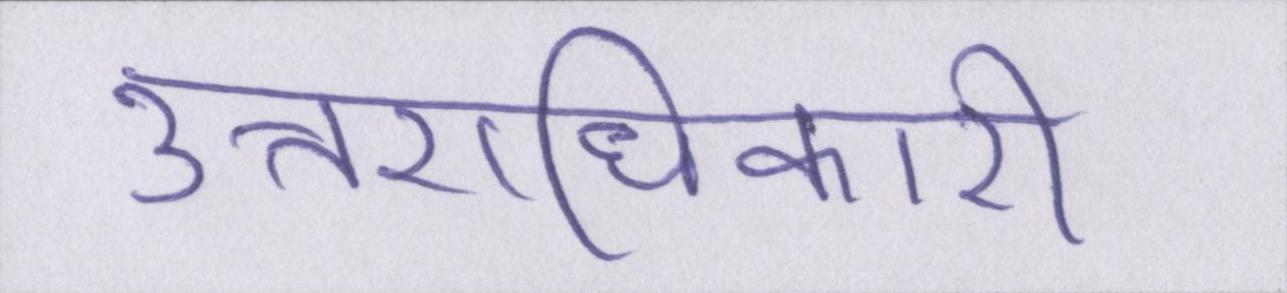
उत्तराधिकारी